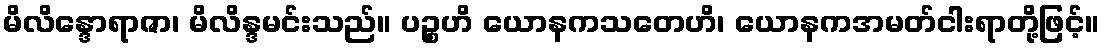
မိလိန္ဒောရာဇာ၊ မိလိန္ဒမင်းသည်။ ပဉ္စဟိ ယောနကသတေဟိ၊ ယောနကအမတ်ငါးရာတို့ဖြင့်။